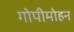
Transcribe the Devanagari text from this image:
गोपीमोहन